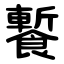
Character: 䭕